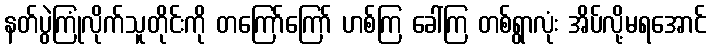
နတ်ပွဲကြုံလိုက်သူတိုင်းကို တကြော်ကြော် ဟစ်ကြ ခေါ်ကြ တစ်ရွာလုံး အိပ်လို့မရအောင်